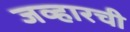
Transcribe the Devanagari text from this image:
जव्हारची